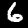
Digit: 6